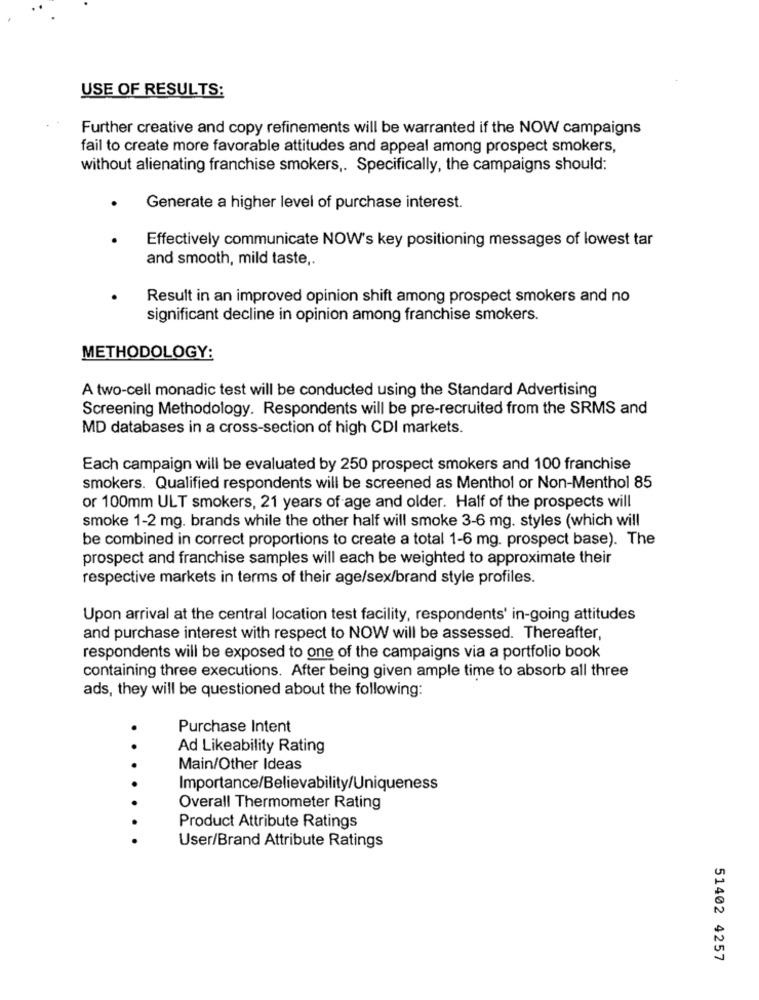
USE OF RESULTS:
Further creative and copy refinements will be warranted if the NOW campaigns
fail to create more favorable attitudes and appeal among prospect smokers,
without alienating franchise smokers ,. Specifically, the campaigns should:
Generate a higher level of purchase interest.
Effectively communicate NOW's key positioning messages of lowest tar
and smooth, mild taste ,.
Result in an improved opinion shift among prospect smokers and no
significant decline in opinion among franchise smokers.
METHODOLOGY:
A two-cell monadic test will be conducted using the Standard Advertising
Screening Methodology. Respondents will be pre-recruited from the SRMS and
MD databases in a cross-section of high CDI markets.
Each campaign will be evaluated by 250 prospect smokers and 100 franchise
smokers. Qualified respondents will be screened as Menthol or Non-Menthol 85
or 100mm ULT smokers, 21 years of age and older. Half of the prospects will
smoke 1-2 mg. brands while the other half will smoke 3-6 mg. styles (which will
be combined in correct proportions to create a total 1-6 mg. prospect base). The
prospect and franchise samples will each be weighted to approximate their
respective markets in terms of their age/sex/brand style profiles.
Upon arrival at the central location test facility, respondents' in-going attitudes
and purchase interest with respect to NOW will be assessed. Thereafter,
respondents will be exposed to one of the campaigns via a portfolio book
containing three executions. After being given ample time to absorb all three
ads, they will be questioned about the following:
.
Purchase Intent
Ad Likeability Rating
Main/Other Ideas
Importance/Believability/Uniqueness
Overall Thermometer Rating
Product Attribute Ratings
User/Brand Attribute Ratings
51402 4257